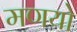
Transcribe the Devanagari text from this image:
मणयो